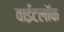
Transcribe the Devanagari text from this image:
वाईटलॉक